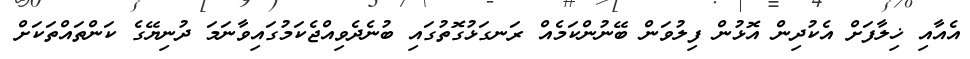
އެއާއި ޚިލާފަށް އެކުދިން އޮޅުން ފިލުވަން ބޭނުންކަމެއް ރަނގަޅުގޮތުގައި ބުނެދެވިއްޖެކަމުގައިވާނަމަ ދުނިޔޭގެ ކަންތައްތަކަށް